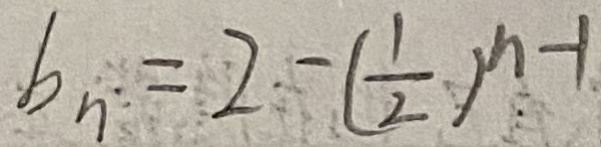
b _ { n } = 2 - ( \frac { 1 } { 2 } ) ^ { n - 1 }